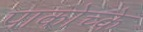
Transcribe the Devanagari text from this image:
पाकोच्के